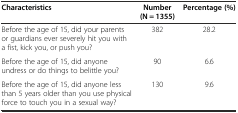
| Characteristics | Number (N = 1355) | Percentage (%) |
 | --- | --- | --- |
 | Before the age of 15, did your parents or guardians ever severely hit you with a fist, kick you, or push you? | 382 | 28.2 |
 | Before the age of 15, did anyone undress or do things to belittle you? | 90 | 6.6 |
 | Before the age of 15, did anyone less than 5 years older than you use physical force to touch you in a sexual way? | 130 | 9.6 |